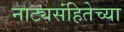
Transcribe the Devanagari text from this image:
नाट्यसंहितेच्या